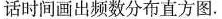
话时间画出频数分布直方图。